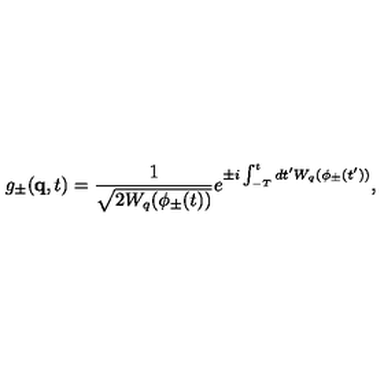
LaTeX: g _ { \pm } ( { \bf q } , t ) = \frac { 1 } { \sqrt { 2 W _ { q } ( \phi _ { \pm } ( t ) ) } } e ^ { \pm i \int _ { - T } ^ { t } d t ^ { \prime } W _ { q } ( \phi _ { \pm } ( t ^ { \prime } ) ) } ,